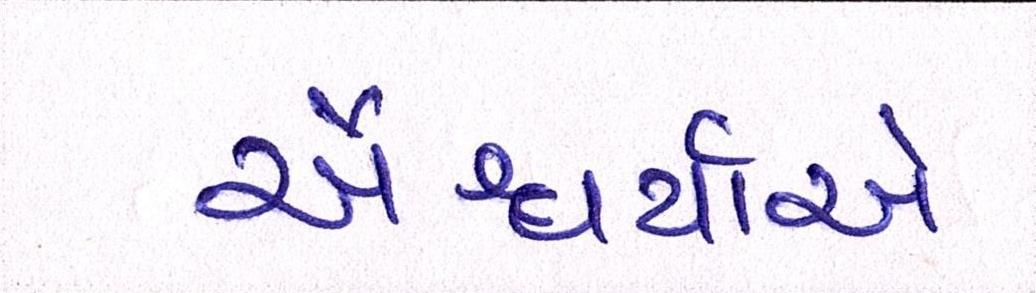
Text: ઐશ્વર્યાએ